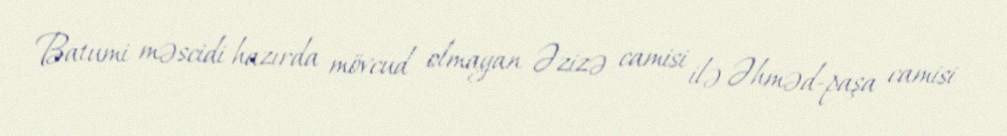
Batumi məscidi hazırda mövcud olmayan Əzizə camisi ilə Əhməd-paşa camisi